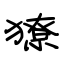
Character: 獠